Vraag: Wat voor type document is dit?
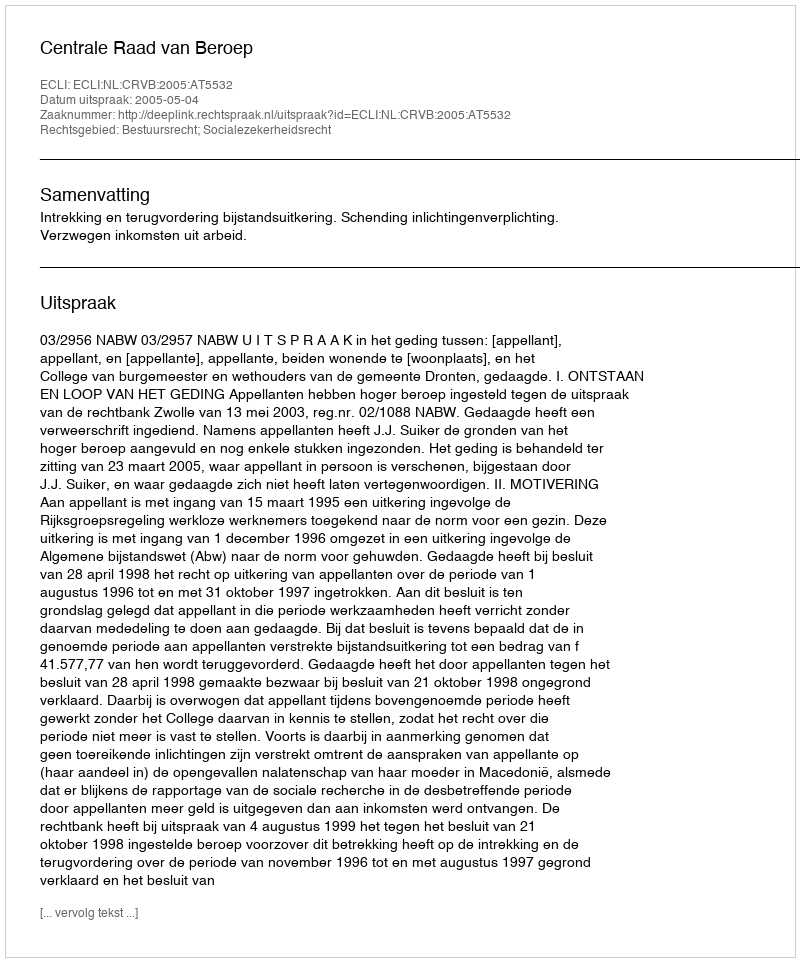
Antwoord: Uitspraak